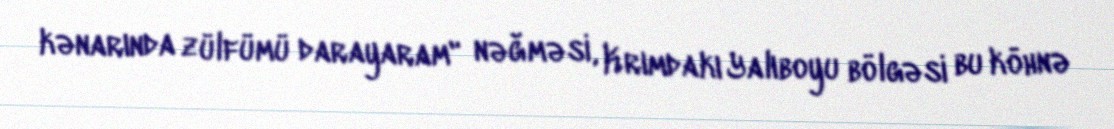
kənarında zülfümü darayaram" nəğməsi, Krımdakı Yalıboyu bölgəsi bu köhnə